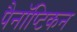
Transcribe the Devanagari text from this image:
पैनॉप्टिकन